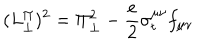
( L _ { \perp } ^ { \Pi } ) ^ { 2 } = \Pi _ { \perp } ^ { 2 } - \frac { e } { 2 } \sigma _ { t } ^ { \mu \nu } f _ { \mu \nu }